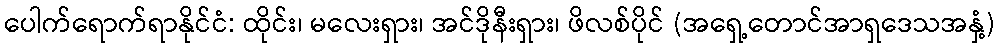
ပေါက်ရောက်ရာနိုင်ငံ: ထိုင်း၊ မလေးရှား၊ အင်ဒိုနီးရှား၊ ဖိလစ်ပိုင် (အရှေ့တောင်အာရှဒေသအနှံ့)